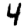
Digit: 4